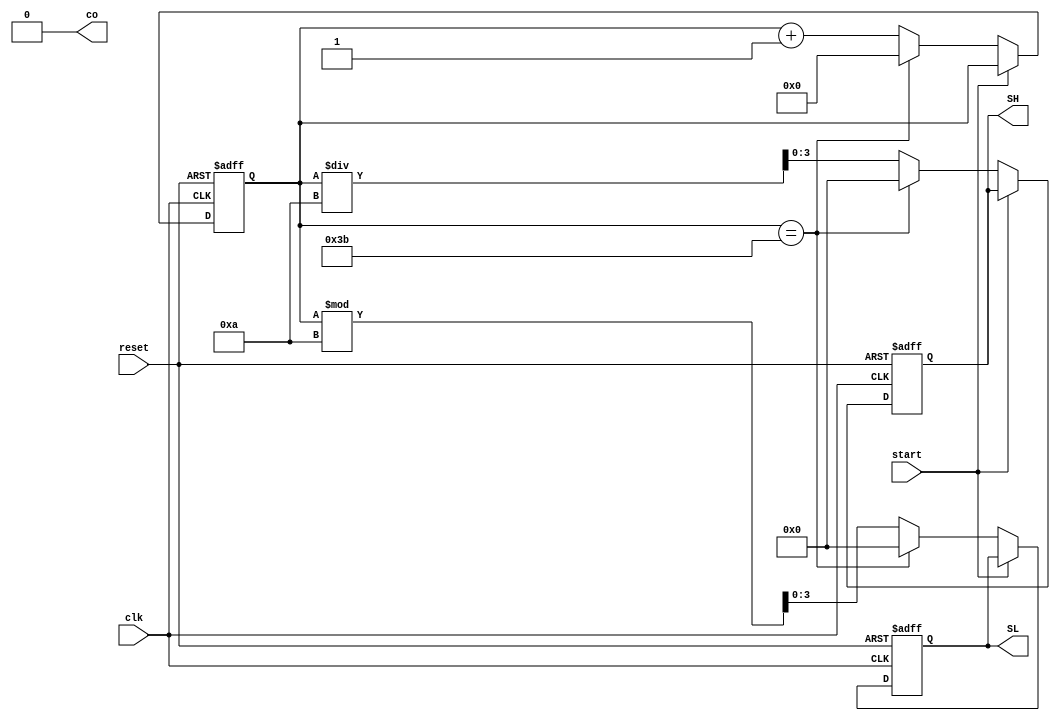
module second(clk,reset,SL,SH,co,start);
input clk,start;
input reset;
output co=1'b0;
reg co;
output [3:0]SL,SH;
reg[3:0]SL,SH;
reg[7:0]cnt;

	always@(posedge clk or negedge reset)
	begin
	if (!reset)
		begin
			SL = 4'd0;
			SH = 4'd0;
			cnt <= 8'd0;
		end
	else
		begin
			if(!start)
				begin
				if (cnt==8'd59)
					begin
					cnt <= 8'd0;
					SL <= 4'd0;
					SH <= 4'd0;
					co <= 1'b1;
					end
				else
					begin
					cnt <= cnt+8'd1;
					SL <= cnt%10;
					SH <= cnt/10;
					co <= 1'b0;
					end
			end
		end
	end
endmodule